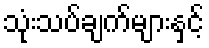
သုံးသပ်ချက်များနှင့်